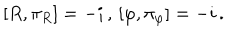
\left[ R , \pi _ { R } \right] = - i \, , \, \left[ \varphi , \pi _ { \varphi } \right] = - i \, .